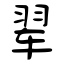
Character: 翚